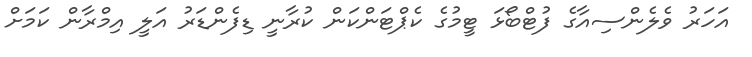
އަހަރު ވެލެންސިއާގެ ފުޓްބޯޅަ ޓީމުގެ ކެޕްޓަންކަން ކުރާނީ ޑިފެންޑަރު އަލީ އިމްރާން ކަމަށް